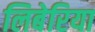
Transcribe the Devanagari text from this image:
लिबेरिया